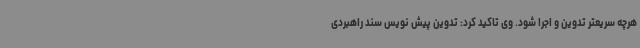
هرچه سریعتر تدوین و اجرا شود. وی تاکید کرد: تدوین پیش نویس سند راهبردی